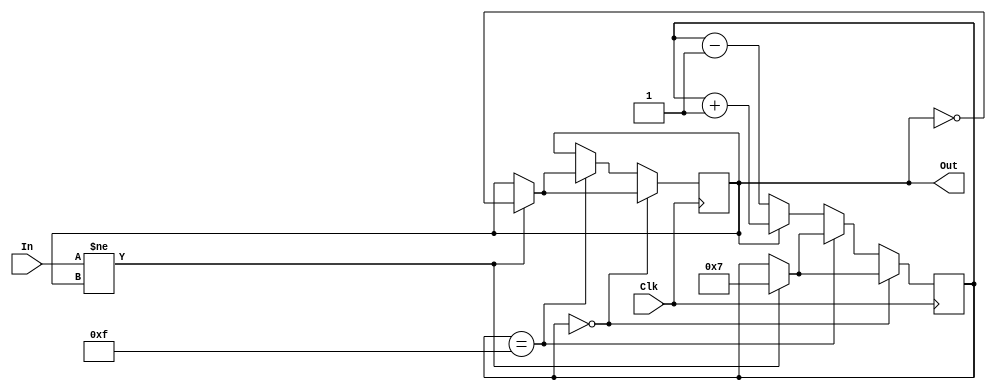
module debouncer2(Clk,In, Out);

	input Clk,In;
	output reg Out;
	reg [3:0]Count=4'b0000;
			
	always @(posedge Clk)
	begin
		if (Count[3:0] == 4'b0000)
			begin
			if ( In != Out )
				begin
					Out <= ~Out;
					Count[3:0] <= 4'b0111;
				end
			else
				begin
					Out <= Out;
					Count[3:0] <= Count[3:0];
				end
			
					
			end
		else if (Count[3:0] == 4'b1111)
			begin
			if ( In != Out )
				begin
					Out <= ~Out;
					Count[3:0] <= 4'b0111;
				end
			else
				begin
					Out <= Out;
					Count[3:0] <= Count[3:0];
				end
			
			end			
		else
			begin
					Out <= Out;
					if(Out==1)
						Count[3:0] <= Count[3:0] + 4'b0001;
					else
						Count[3:0] <= Count[3:0] - 4'b0001;
			end
			
	end
	
endmodule